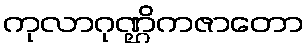
ကုလာဂုဏ္ဌိကဇာတော